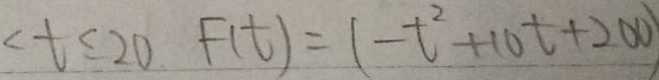
< t \leq 2 0 F ( t ) = ( - t ^ { 2 } + 1 0 t + 2 0 0 )